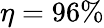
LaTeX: \eta=96\%